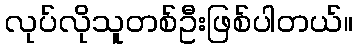
လုပ်လိုသူတစ်ဦးဖြစ်ပါတယ်။